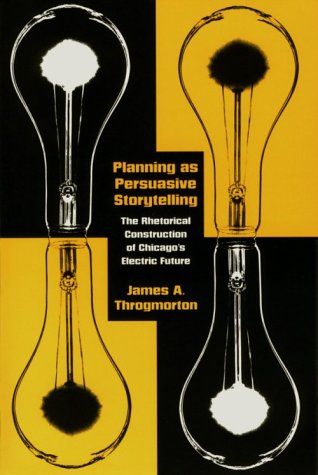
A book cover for Planning as Persuasive Storytelling: The Rhetorical Construction of Chicago's Electric Future (New Practices of Inquiry); James A. Throgmorton; Law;